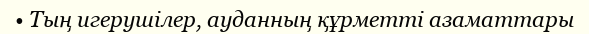
• Тың игерушілер, ауданның құрметті азаматтары